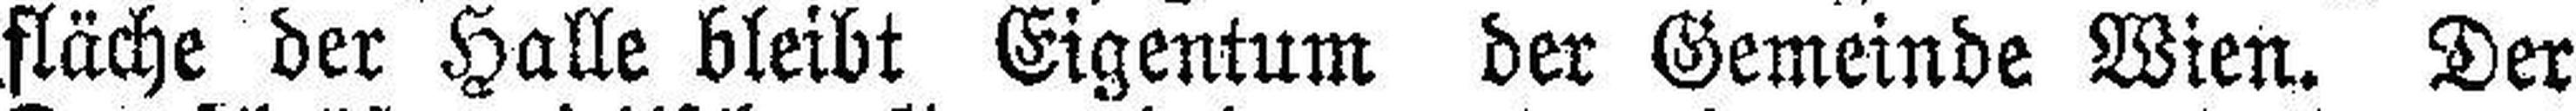
fläche der Halle bleibt Eigentum der Gemeinde Wien. Der